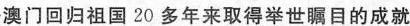
澳门回归祖国20多年来取得举世瞩目的成就